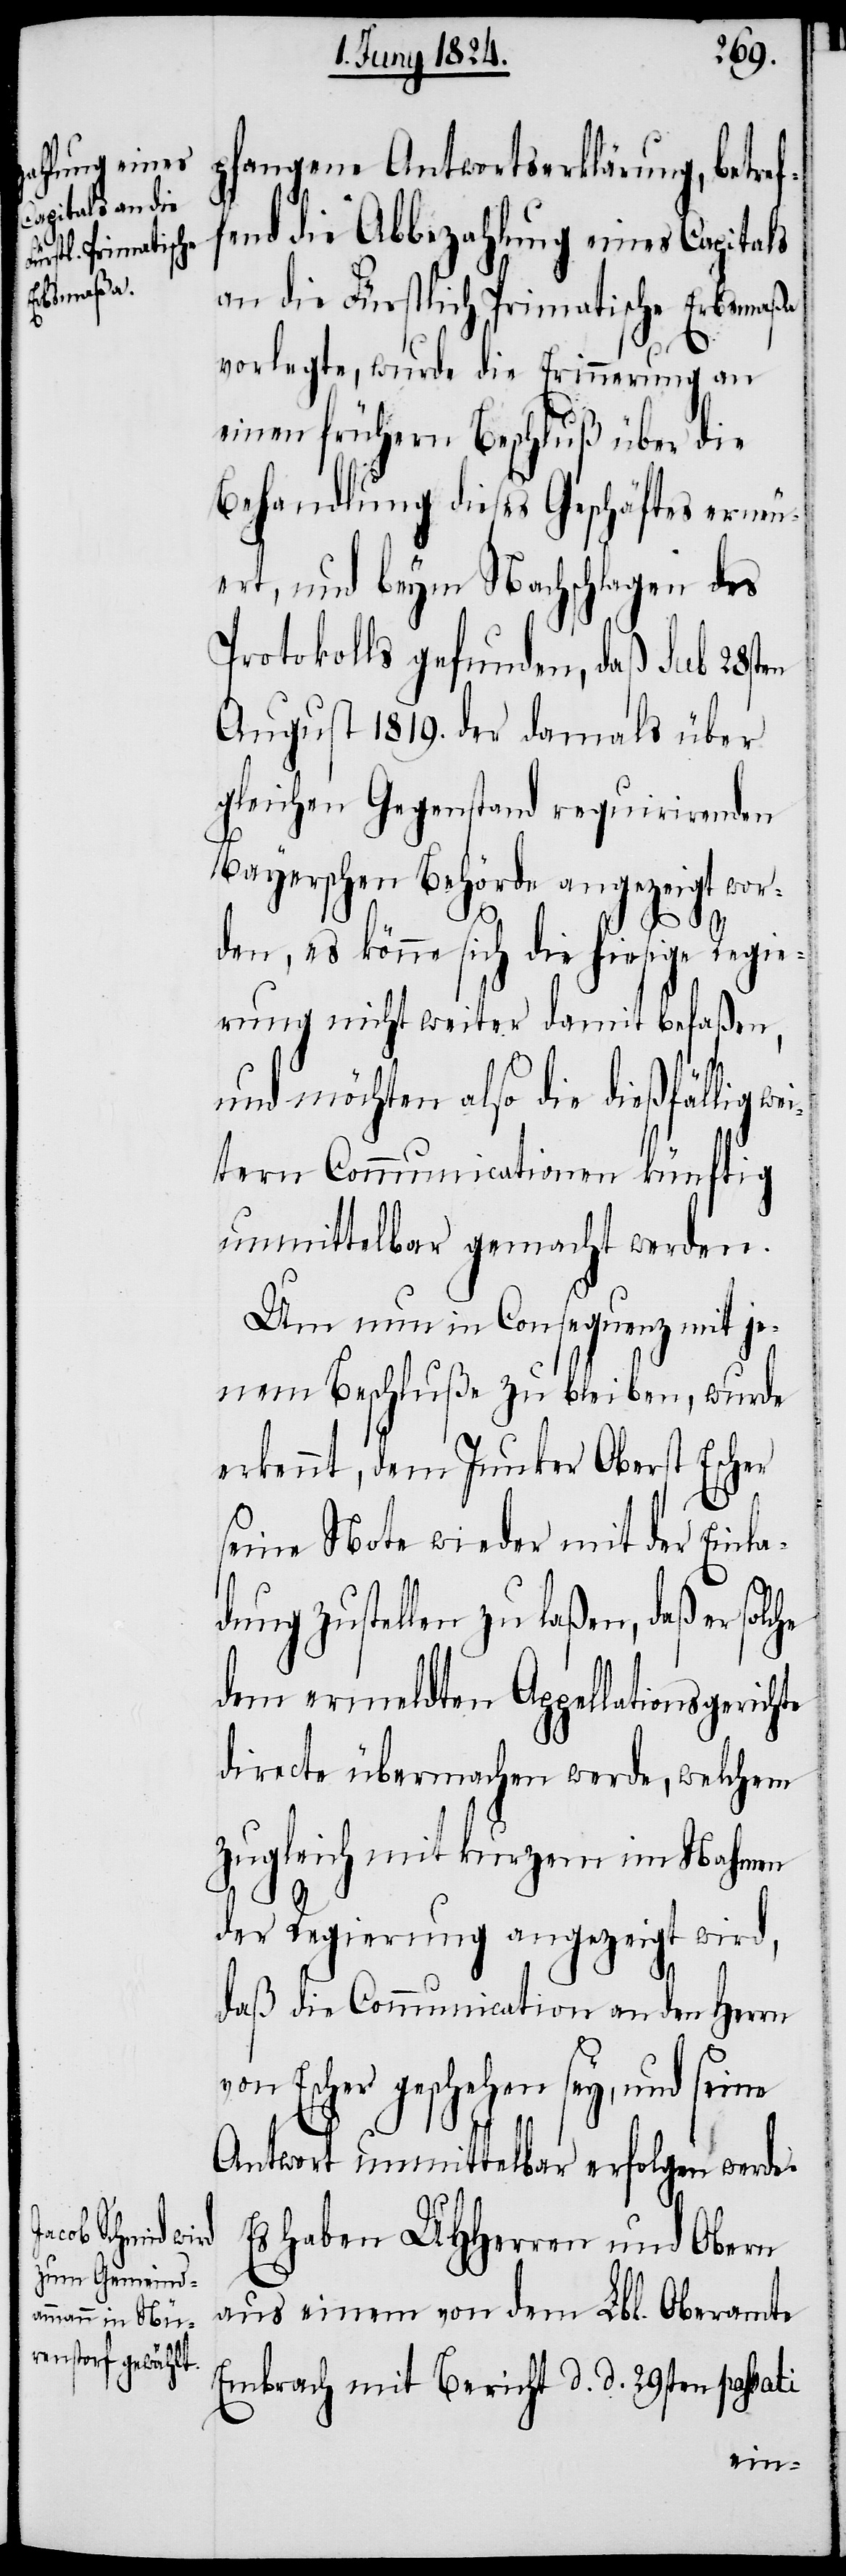
gefangene Antwortserklärung, betref¬
fend die Abbezahlung eines Capitals
an die Fürstlich Primatische Erbsmaßa
vorlegte, wurde die Erinnerung an
einen frühern Beschluß über die
Behandlung dieses Geschäftes erneu¬
ert, und beym Nachschlagen des
Protokolls gefunden, daß sub 28sten
August 1819. der damals über
gleichen Gegenstand requirirenden
Bayerischen Behörde angezeigt wor¬
den, es könne sich die hiesige Regie¬
rung nicht weiter damit befaßen,
und möchten also die dießfällig w¬
eitern Communicationen künftig
unmittelbar gemacht werden.
Um nun in Consequenz mit je¬
nem Beschluße zu bleiben, wurde
erkennt, dem Junker Oberst Escher
seine Note wieder mit der Einla¬
dung zustellen zu laßen, daß er
dem ermeldten Appellationsgerichte
directe übermachen werde, welchem
zugleich mit kurzem im Nahmen
der Regierung angezeigt wird,
daß die Communication an den Herrn
von Escher geschehen sey, und seine
Antwort unmittelbar erfolgen werde.
Es haben UHHerren und Obern
aus einem von dem Lbl. Oberamte
Embrach mit Bericht d. d. 29sten passati